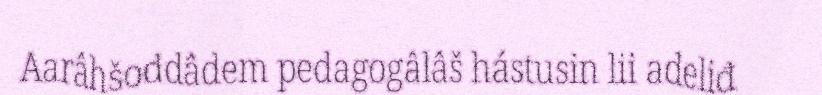
Aarâhšoddâdem pedagogâlâš hástusin lii adeliđ